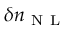
\delta n _ { \mathrm { ~ N ~ L ~ } }